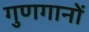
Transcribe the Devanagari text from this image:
गुणगानों